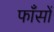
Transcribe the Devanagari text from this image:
फाँसों